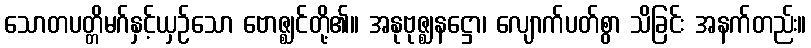
သောတပတ္တိမဂ်နှင့်ယှဉ်သော ဗောဇ္ဈင်တို့၏။ အနုဗုဇ္ဈနဋ္ဌော၊ လျောက်ပတ်စွာ သိခြင်း အနက်တည်း။